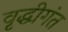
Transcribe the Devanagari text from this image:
वृद्धीगंत